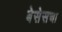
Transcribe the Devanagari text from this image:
बेसेसचा